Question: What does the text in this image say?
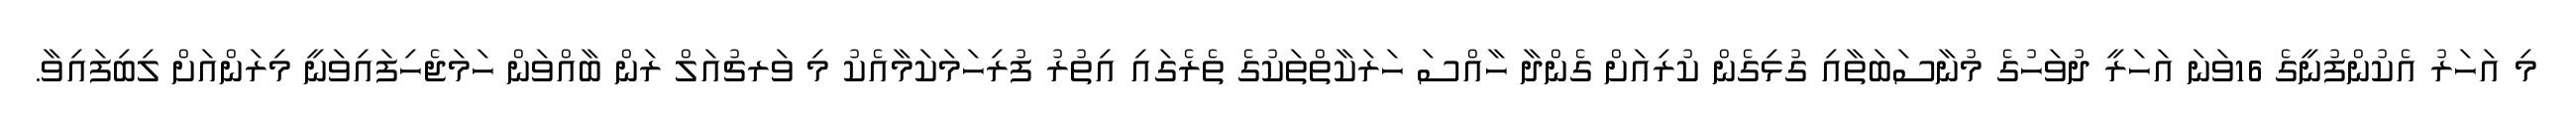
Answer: މި އަހަރު އެކުންފުނީގެ 16ވަނަ އަހަރީ ދުވަހުގެ މުނާސަބަތާއި ގުޅިގެން ކުރިއަށް ގެންދާ ހާއްސަ ހަރަކާތްތަކުގެ ތެރެގައި އިތުރު ފުރިހަމަކަމާއެކު މި ވަރޗުއަލް ރަން ބާއްވަން ހަމަޖެހިފައިވަނީ މިރަންއަށް ލިބިފައިވާ.